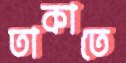
তাকাতে